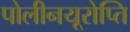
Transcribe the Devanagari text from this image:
पोलीनयूरोप्ति